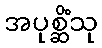
အပုစ္ဆိံသု